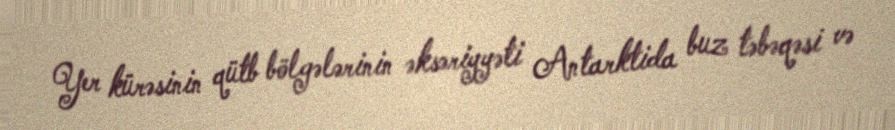
Yer kürəsinin qütb bölgələrinin əksəriyyəti Antarktida buz təbəqəsi və